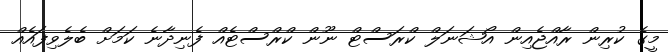
މީގެ ކުރިން ރާއްޖެއިން އޯޝަނަލް ކްރަސްޓް ނޫން ކްރްސްޓެއް ފެނިދާނެ ކަމަށް ބެލެވިފައެއް